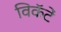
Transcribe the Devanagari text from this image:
विकॅटें